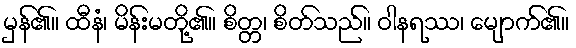
မှန်၏။ ထီနံ၊ မိန်းမတို့၏။ စိတ္တ၊ စိတ်သည်။ ဝါနရဿ၊ မျောက်၏။